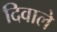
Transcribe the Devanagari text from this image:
दिवाले